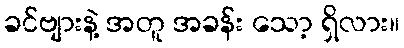
ခင်ဗျားနဲ့ အတူ အခန်း သော့ ရှိလား။